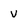
Character: V